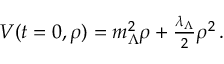
\begin{array} { r } { V ( t = 0 , \rho ) = m _ { \Lambda } ^ { 2 } \rho + \frac { \lambda _ { \Lambda } } { 2 } \rho ^ { 2 } \, . } \end{array}